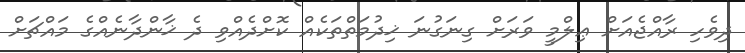
ދިވެހި ރާއްޖެއަށް ޢިލްމީ ވަރަށް ގިނަގުނަ ޚިދުމަތްތަކެއް ކޮށްދެއްވި ދެ ޚާންދާނެއްގެ މައްޗަށް